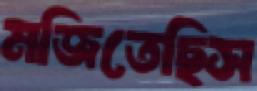
মজিতেছিস